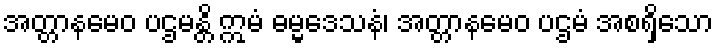
အတ္တာနမေဝ ပဌမန္တိ ဣမံ ဓမ္မဒေသနံ၊ အတ္တာနမေဝ ပဌမံ အစရှိသော